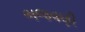
ભજવણી